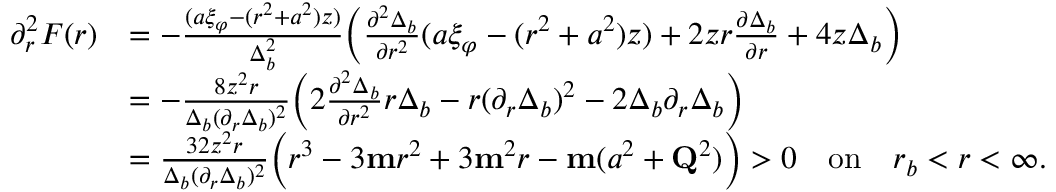
\begin{array} { r l } { \partial _ { r } ^ { 2 } F ( r ) } & { = - \frac { ( a \xi _ { \varphi } - ( r ^ { 2 } + a ^ { 2 } ) z ) } { \Delta _ { b } ^ { 2 } } \Big ( \frac { \partial ^ { 2 } \Delta _ { b } } { \partial r ^ { 2 } } ( a \xi _ { \varphi } - ( r ^ { 2 } + a ^ { 2 } ) z ) + 2 z r \frac { \partial \Delta _ { b } } { \partial r } + 4 z \Delta _ { b } \Big ) } \\ & { = - \frac { 8 z ^ { 2 } r } { \Delta _ { b } ( \partial _ { r } \Delta _ { b } ) ^ { 2 } } \Big ( 2 \frac { \partial ^ { 2 } \Delta _ { b } } { \partial r ^ { 2 } } r \Delta _ { b } - r ( \partial _ { r } \Delta _ { b } ) ^ { 2 } - 2 \Delta _ { b } \partial _ { r } \Delta _ { b } \Big ) } \\ & { = \frac { 3 2 z ^ { 2 } r } { \Delta _ { b } ( \partial _ { r } \Delta _ { b } ) ^ { 2 } } \Big ( r ^ { 3 } - 3 \mathbf { m } r ^ { 2 } + 3 \mathbf { m } ^ { 2 } r - \mathbf { m } ( a ^ { 2 } + \mathbf { Q } ^ { 2 } ) \Big ) > 0 \quad \mathrm { o n } \quad r _ { b } < r < \infty . } \end{array}